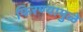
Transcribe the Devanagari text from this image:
फिरण्यामुळे